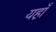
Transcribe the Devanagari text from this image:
यहा़ँ